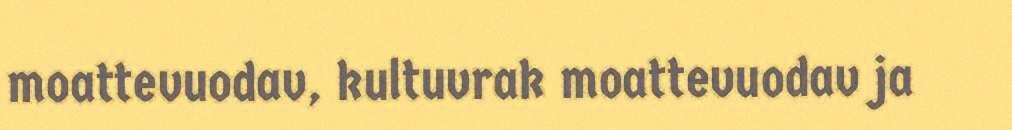
moattevuodav, kultuvrak moattevuodav ja